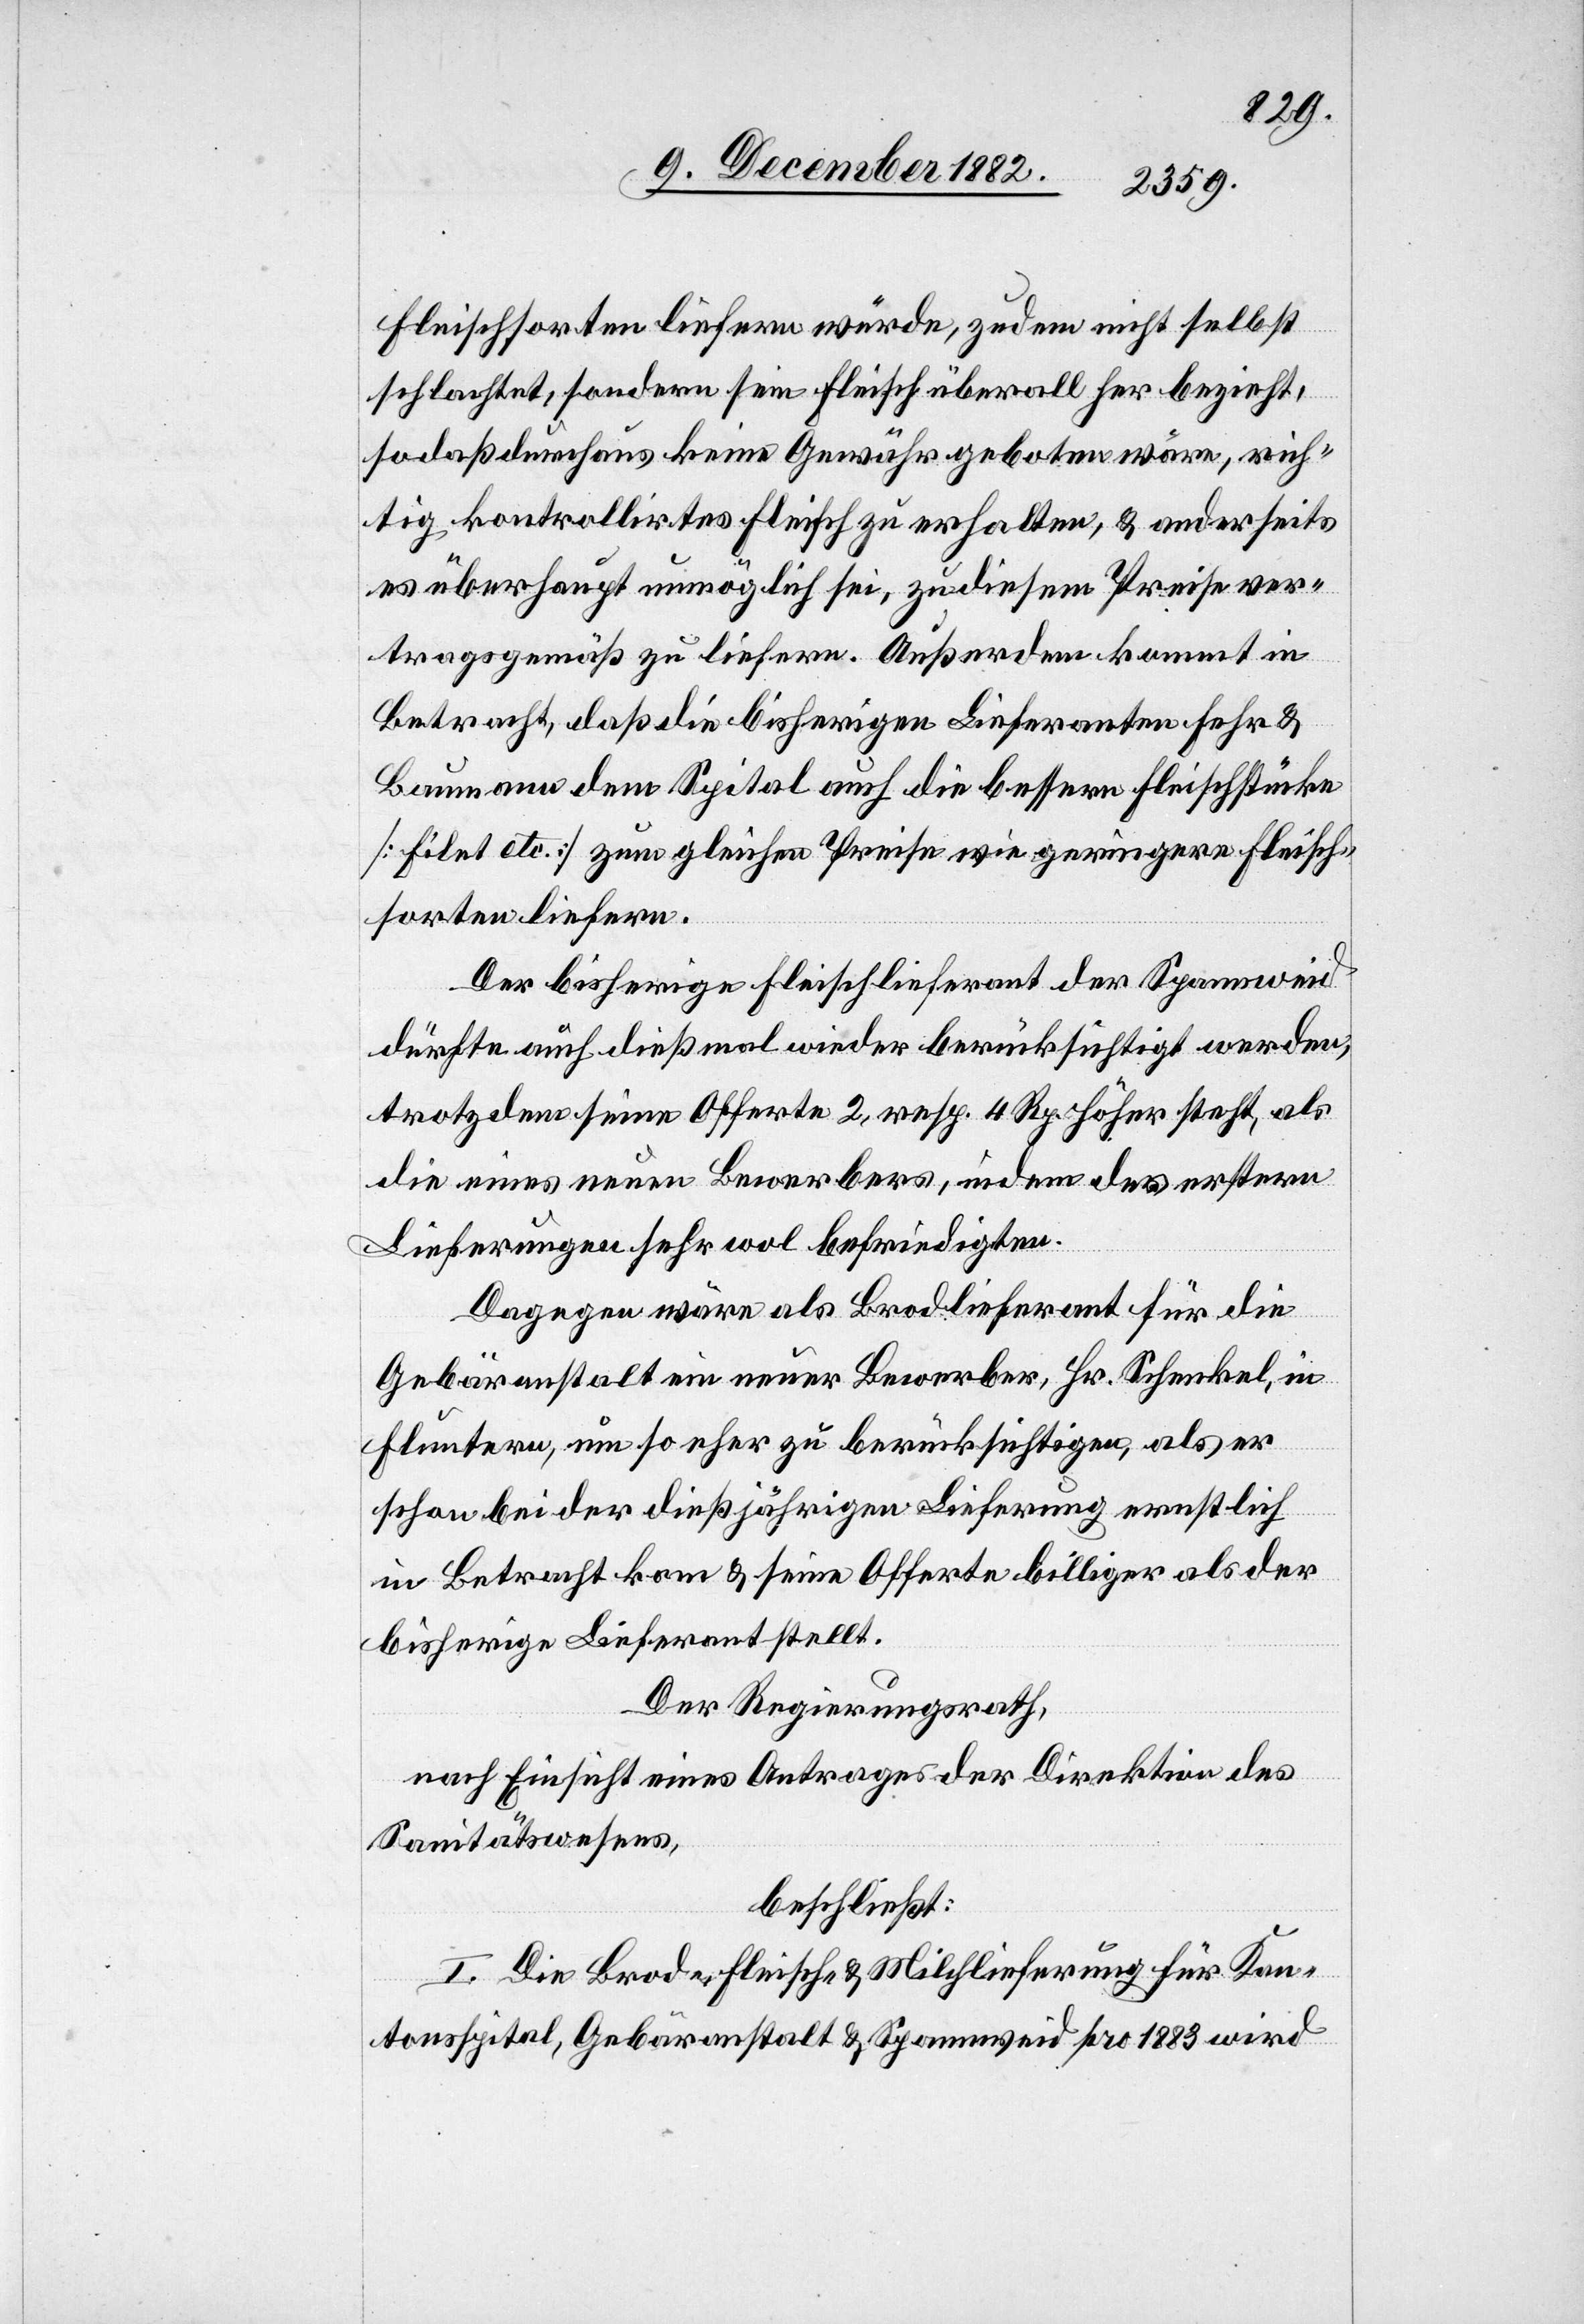
Fleischsorten liefern würde, zudem nicht selbst
schlachtet, sondern sein Fleisch überall her bezieht,
sodaß durchaus keine Gewähr geboten wäre, rich¬
tig kontrollirtes Fleisch zu erhalten, & anderseits
es überhaupt unmöglich sei zu diesem Preise ver¬
tragsgemäß zu liefern. Außerdem kommt in
Betracht, daß die bisherigen Lieferanten Fehr &
Baumann dem Spital auch die bessern Fleischstücke
[Filet etc.] zum gleichen Preise wie geringere Fleisch¬
sorten liefern.
Der bisherige Fleischlieferant der Spannweid
dürfte auch dießmal wieder berücksichtigt werden,
trotzdem seine Offerte 2, resp. 4 Rp. höher steht, als
die eines neuen Bewerbers, indem des erstern
Lieferungen sehr wol befriedigten.
Dagegen wäre als Brodlieferant für die
Gebäranstalt ein neuer Bewerber, Hr. Schenkel, in
Fluntern, um so eher zu berücksichtigen, als er
schon bei der dießjährigen Lieferung ernstlich
in Betracht kam & seine Offerte billiger als der
bisherige Lieferant stellt.
Der Regierungsrath,
nach Einsicht eines Antrages der Direktion des
Sanitätswesens,
beschließt:
I. Die Brod-, Fleisch- & Milchlieferung für Kan¬
tonsspital, Gebäranstalt & Spannweid pro 1883 wird